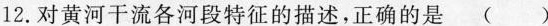
12.对黄河干流各河段特征的描述，正确的是 ( )